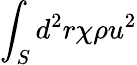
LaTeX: \int_{S}d^{2}r\chi\rho u^{2}